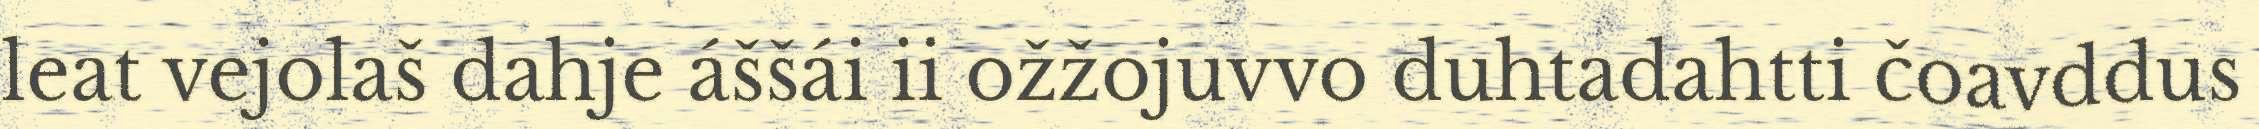
leat vejolaš dahje áššái ii ožžojuvvo duhtadahtti čoavddus